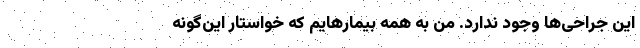
این جراحی‌ها وجود ندارد. من به همه بیمارهایم که خواستار این‌گونه